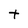
Character: t